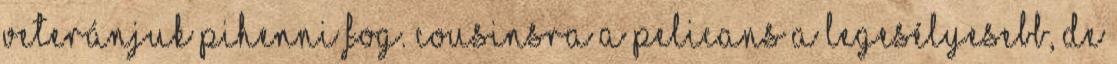
veteránjuk pihenni fog. Cousinsra a Pelicans a legesélyesebb, de